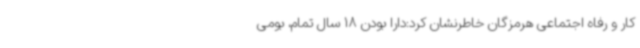
کار و رفاه اجتماعی هرمزگان خاطرنشان کرد:دارا بودن 18 سال تمام، بومی